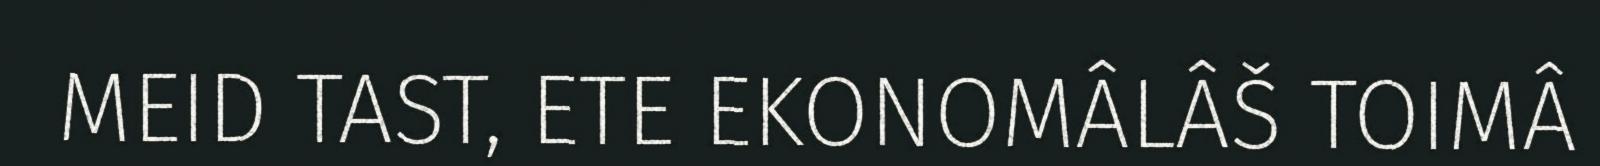
MEID TAST, ETE EKONOMÂLÂŠ TOIMÂ